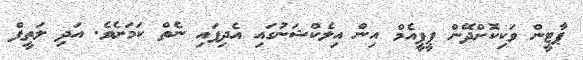
ޕާޓީން ވަކިކޮށްދޭން ޕީޕީއެމް އިން އިލެކްޝަނުގައި އެދިފައި ނެތް ކަމަށެވެ. އަދި ލަތީފް